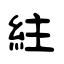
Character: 紸